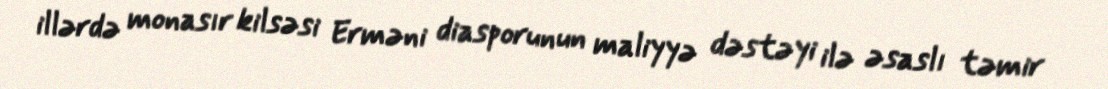
illərdə monasır kilsəsi Erməni diasporunun maliyyə dəstəyi ilə əsaslı təmir